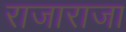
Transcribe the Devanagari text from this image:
राजाराजा